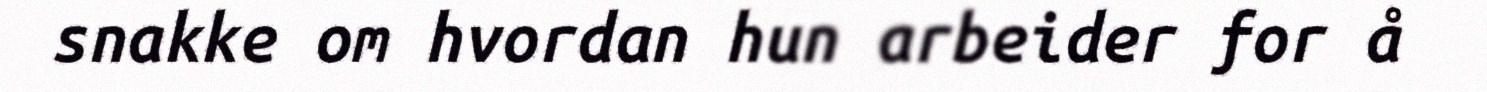
snakke om hvordan hun arbeider for å